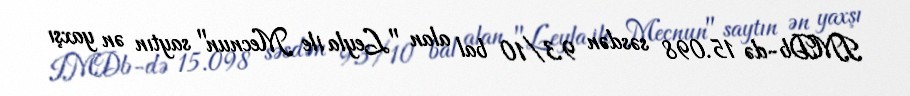
IMDb-də 15.098 səsdən 9.3/10 bal alan "Leyla ile Mecnun" saytın ən yaxşı